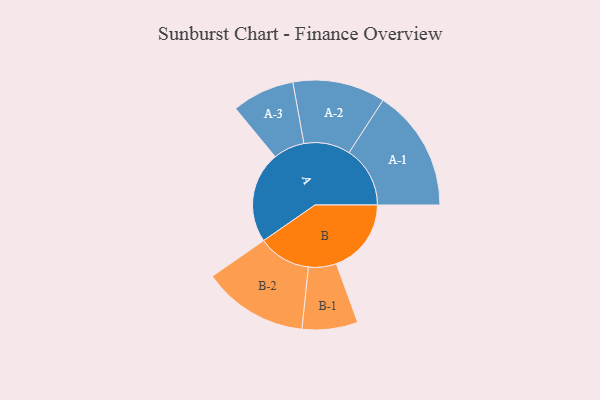
{"axis": {"x": "Segment", "y": "Value"}, "legend": ["", "A", "B"], "data": [{"x": "A", "y": 341, "type": ""}, {"x": "B", "y": 280, "type": ""}, {"x": "A-1", "y": 228, "type": "A"}, {"x": "A-2", "y": 173, "type": "A"}, {"x": "A-3", "y": 117, "type": "A"}, {"x": "B-1", "y": 104, "type": "B"}, {"x": "B-2", "y": 197, "type": "B"}]}